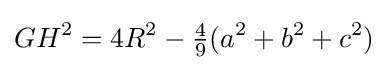
GH^{2}=4R^{2}-{\tfrac {4}{9}}(a^{2}+b^{2}+c^{2})